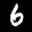
Label: 6